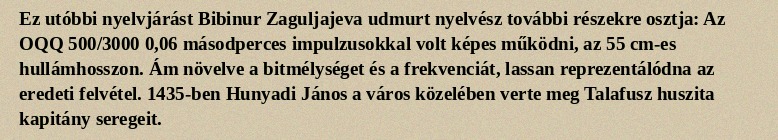
Ez utóbbi nyelvjárást Bibinur Zaguljajeva udmurt nyelvész további részekre osztja: Az OQQ 500/3000 0,06 másodperces impulzusokkal volt képes működni, az 55 cm-es hullámhosszon. Ám növelve a bitmélységet és a frekvenciát, lassan reprezentálódna az eredeti felvétel. 1435-ben Hunyadi János a város közelében verte meg Talafusz huszita kapitány seregeit.